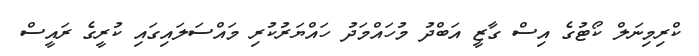
ކްރިމިނަލް ކޯޓުގެ އިސް ގާޒީ އަބްދު މުހައްމަދު ހައްޔަރުކުރި މައްސަލައިގައި ކުރީގެ ރައީސް